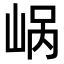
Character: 𪨹